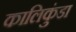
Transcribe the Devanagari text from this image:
कालिकुंडा